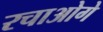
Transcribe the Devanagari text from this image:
रचाओगे